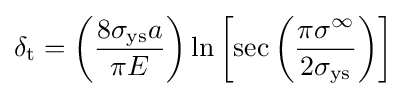
\delta _{\text{t}}=\left({\frac {8\sigma _{\text{ys}}a}{\pi E}}\right)\ln \left[\sec \left({\frac {\pi \sigma ^{\infty }}{2\sigma _{\text{ys}}}}\right)\right]